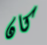
كان